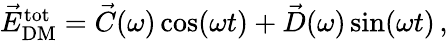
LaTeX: \begin{array}{r}{\vec{E}_{\mathrm{DM}}^{\mathrm{tot}}=\vec{C}(\omega)\cos(\omega t)+\vec{D}(\omega)\sin(\omega t)\, ,}\end{array}